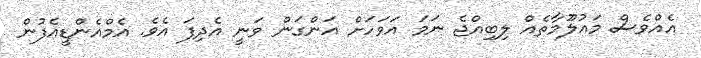
އެއްވެސް މައުލޫމާތެއް ލިބިއްޖެ ނަމަ އަވަހަށް އަންގަން ވަނީ އެދިފަ އެވެ. އެމްއެންޑީއެފުން